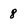
Character: 8